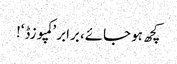
کچھ ہو جائے، برابر ’کمپوزڈ‘!